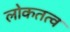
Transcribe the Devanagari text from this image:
लोकतत्‍व